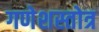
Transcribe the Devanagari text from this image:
गणेशस्तोत्र